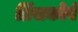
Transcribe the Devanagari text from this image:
प्रिंसकोर्व